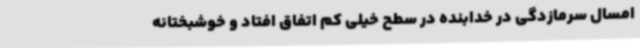
امسال سرمازدگی در خدابنده در سطح خیلی کم اتفاق افتاد و خوشبختانه